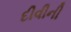
દીવીની